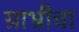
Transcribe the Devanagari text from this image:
ग्राभ्रीचा